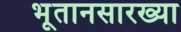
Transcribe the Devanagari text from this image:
भूतानसारख्या